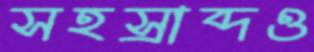
সহস্রাব্দও